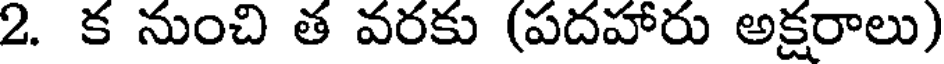
2. క నుంచి త వరకు (పదహారు అక్షరాలు)